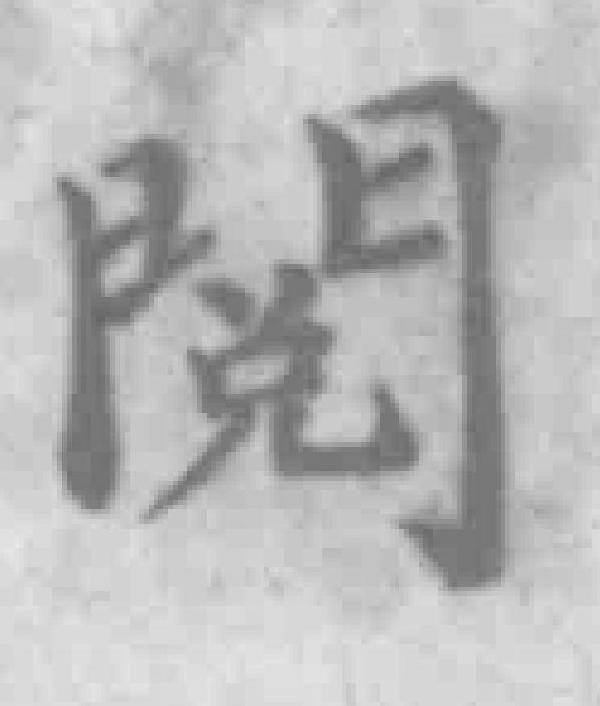
閱